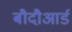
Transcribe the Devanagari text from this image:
बौदौआर्ड